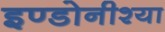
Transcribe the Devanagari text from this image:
इण्डोनीश्या